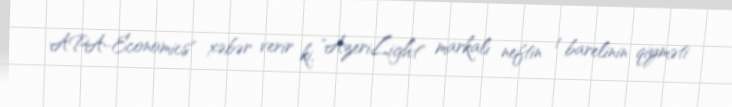
APA-Economics" xəbər verir ki, "AzeriLight" markalı neftin 1 barelinin qiyməti